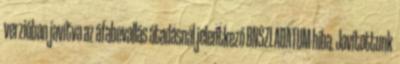
verzióban javítva az áfabevallás átadásnál jelentkező BNSZLADATUM hiba. Javítottunk